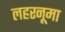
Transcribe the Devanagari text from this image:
लहरनूमा